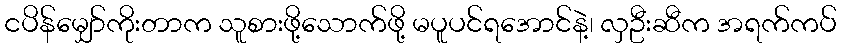
ငပိန်မျှော်ကိုးတာက သူစားဖို့သောက်ဖို့ မပူပင်ရအောင်နဲ့၊ လှဦးဆီက အရက်ကပ်